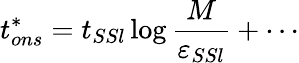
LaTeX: t_{ons}^{*}=t_{SSl}\log\frac{M}{\varepsilon_{SSl}}+\cdots